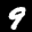
Label: 9